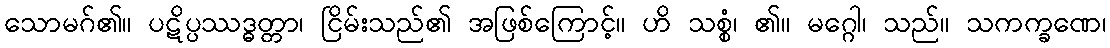
သောမဂ်၏။ ပဋိပ္ပဿဒ္ဓတ္တာ၊ ငြိမ်းသည်၏ အဖြစ်ကြောင့်။ ဟိ သစ္စံ၊ ၏။ မဂ္ဂေါ၊ သည်။ သကက္ခဏေ၊